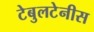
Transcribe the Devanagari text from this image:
टेबुलटेनीस